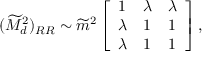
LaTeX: ( \widetilde M _ { d } ^ { 2 } ) _ { R R } \sim \widetilde m ^ { 2 } \left[ \begin{array} { l l l } { { 1 } } & { { \lambda } } & { { \lambda } } \\ { { \lambda } } & { { 1 } } & { { 1 } } \\ { { \lambda } } & { { 1 } } & { { 1 } } \end{array} \right] ,